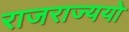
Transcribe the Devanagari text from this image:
राजराज्ययो